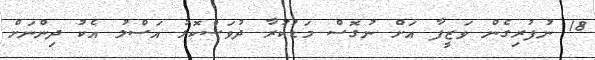
18 ނުފުރިގެން ވަޒީފާ އަށް ނުގޮސް މަޑުކުރާ ދުވަސްކޮޅު އަސްލު އެކު ދިންނަށް